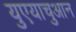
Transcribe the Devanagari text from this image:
युएयाचुआन